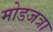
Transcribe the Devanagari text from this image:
मोडजत्रा